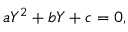
a Y ^ { 2 } + b Y + c = 0 ,